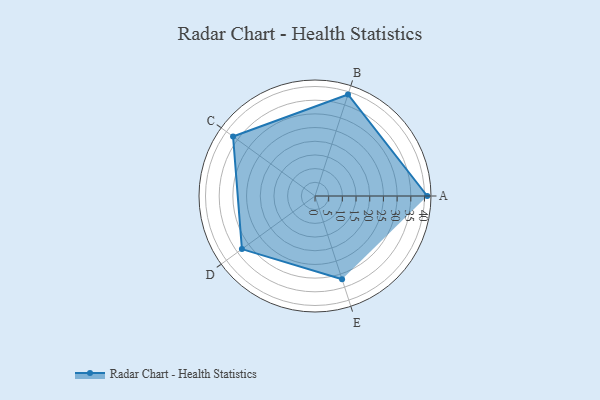
{"axis": {"x": "Skill", "y": "Score"}, "legend": ["Profile"], "data": [{"x": "A", "y": 41.0, "type": "Profile"}, {"x": "B", "y": 39.0, "type": "Profile"}, {"x": "C", "y": 37.0, "type": "Profile"}, {"x": "D", "y": 33.0, "type": "Profile"}, {"x": "E", "y": 32.0, "type": "Profile"}]}